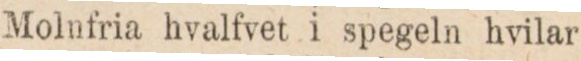
Molnfria hvalfvet i spegeln hvilar